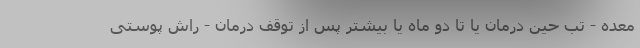
معده - تب حین درمان یا تا دو ماه یا بیشتر پس از توقف درمان - راش پوستی